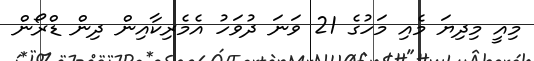
މިއީ މިދިޔަ މެއި މަހުގެ 21 ވަނަ ދުވަހު އެމެރިކާއިން ދިން ޑްރޯން